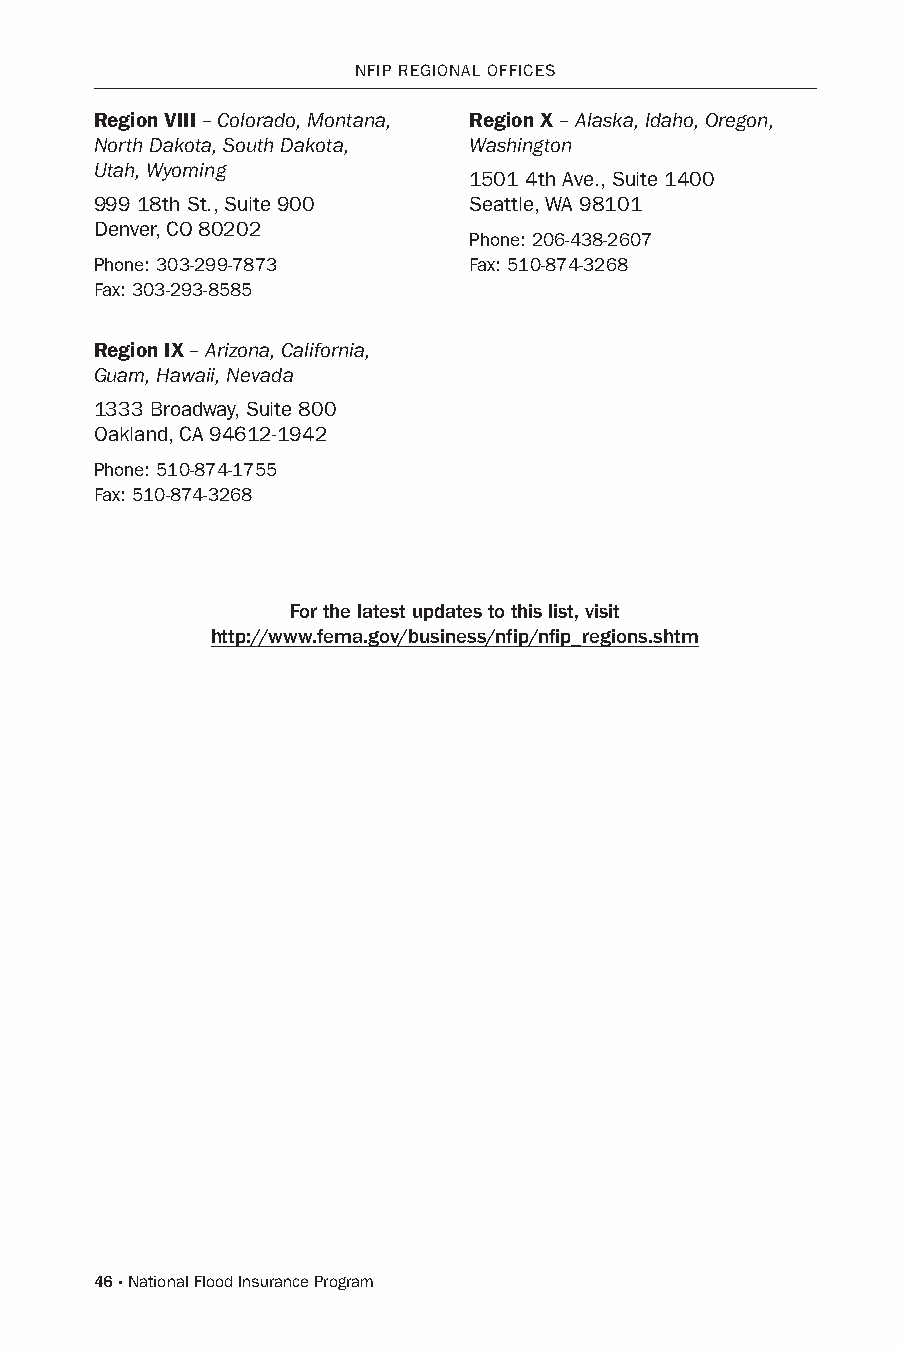
NFIP REGIoNAL oFFICEs
 Region VIII – Colorado, Montana, Region X – Alaska, Idaho, Oregon,
 North Dakota, South Dakota, Washington
 Utah, Wyoming
 1501 4th Ave., suite 1400
 999 18th st., suite 900  seattle, WA 98101
 Denver, Co 80202
 Phone: 206-438-2607
 Phone: 303-299-7873      Fax: 510-874-3268
 Fax: 303-293-8585
 Region IX – Arizona, California,
 Guam, Hawaii, Nevada
 1333 Broadway, suite 800
 oakland, CA 94612-1942
 Phone: 510-874-1755
 Fax: 510-874-3268
 For the latest updates to this list, visit
 http://www.fema.gov/business/nfip/nfip_regions.shtm
 46 · National Flood Insurance Program